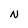
Character: N